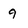
Character: 9